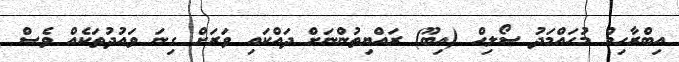
އިބްރާހިމް މުހައްމަދު ސޯލިހް (އިބޫ) ރައްޔިތުންނަށް ދައްކައި ވަރަށް ގިނަ ވައުދުތަކެއް ވެސް